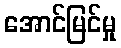
အောင်မြင်မှု